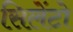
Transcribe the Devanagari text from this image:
सिलेंटो